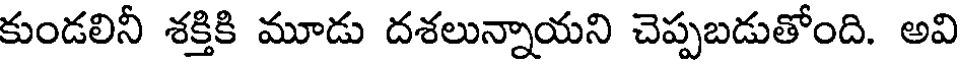
కుండలినీ శక్తికి మూడు దశలున్నాయని చెప్పబడుతోంది. అవి